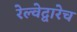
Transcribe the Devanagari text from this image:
रेल्वेद्वारेच